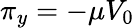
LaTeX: \pi_{y}=-\mu V_{0}